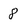
Character: 8